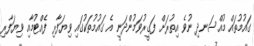
ގައުމުތައް މުއްސަނދި ނުވެ އިތުރަށް ފަގީރުވަމުންދަނީ އެ ގައުމުތަކުގައި ވިޔަފާރި ފެއްޓުމާއި ވިޔަފާރި